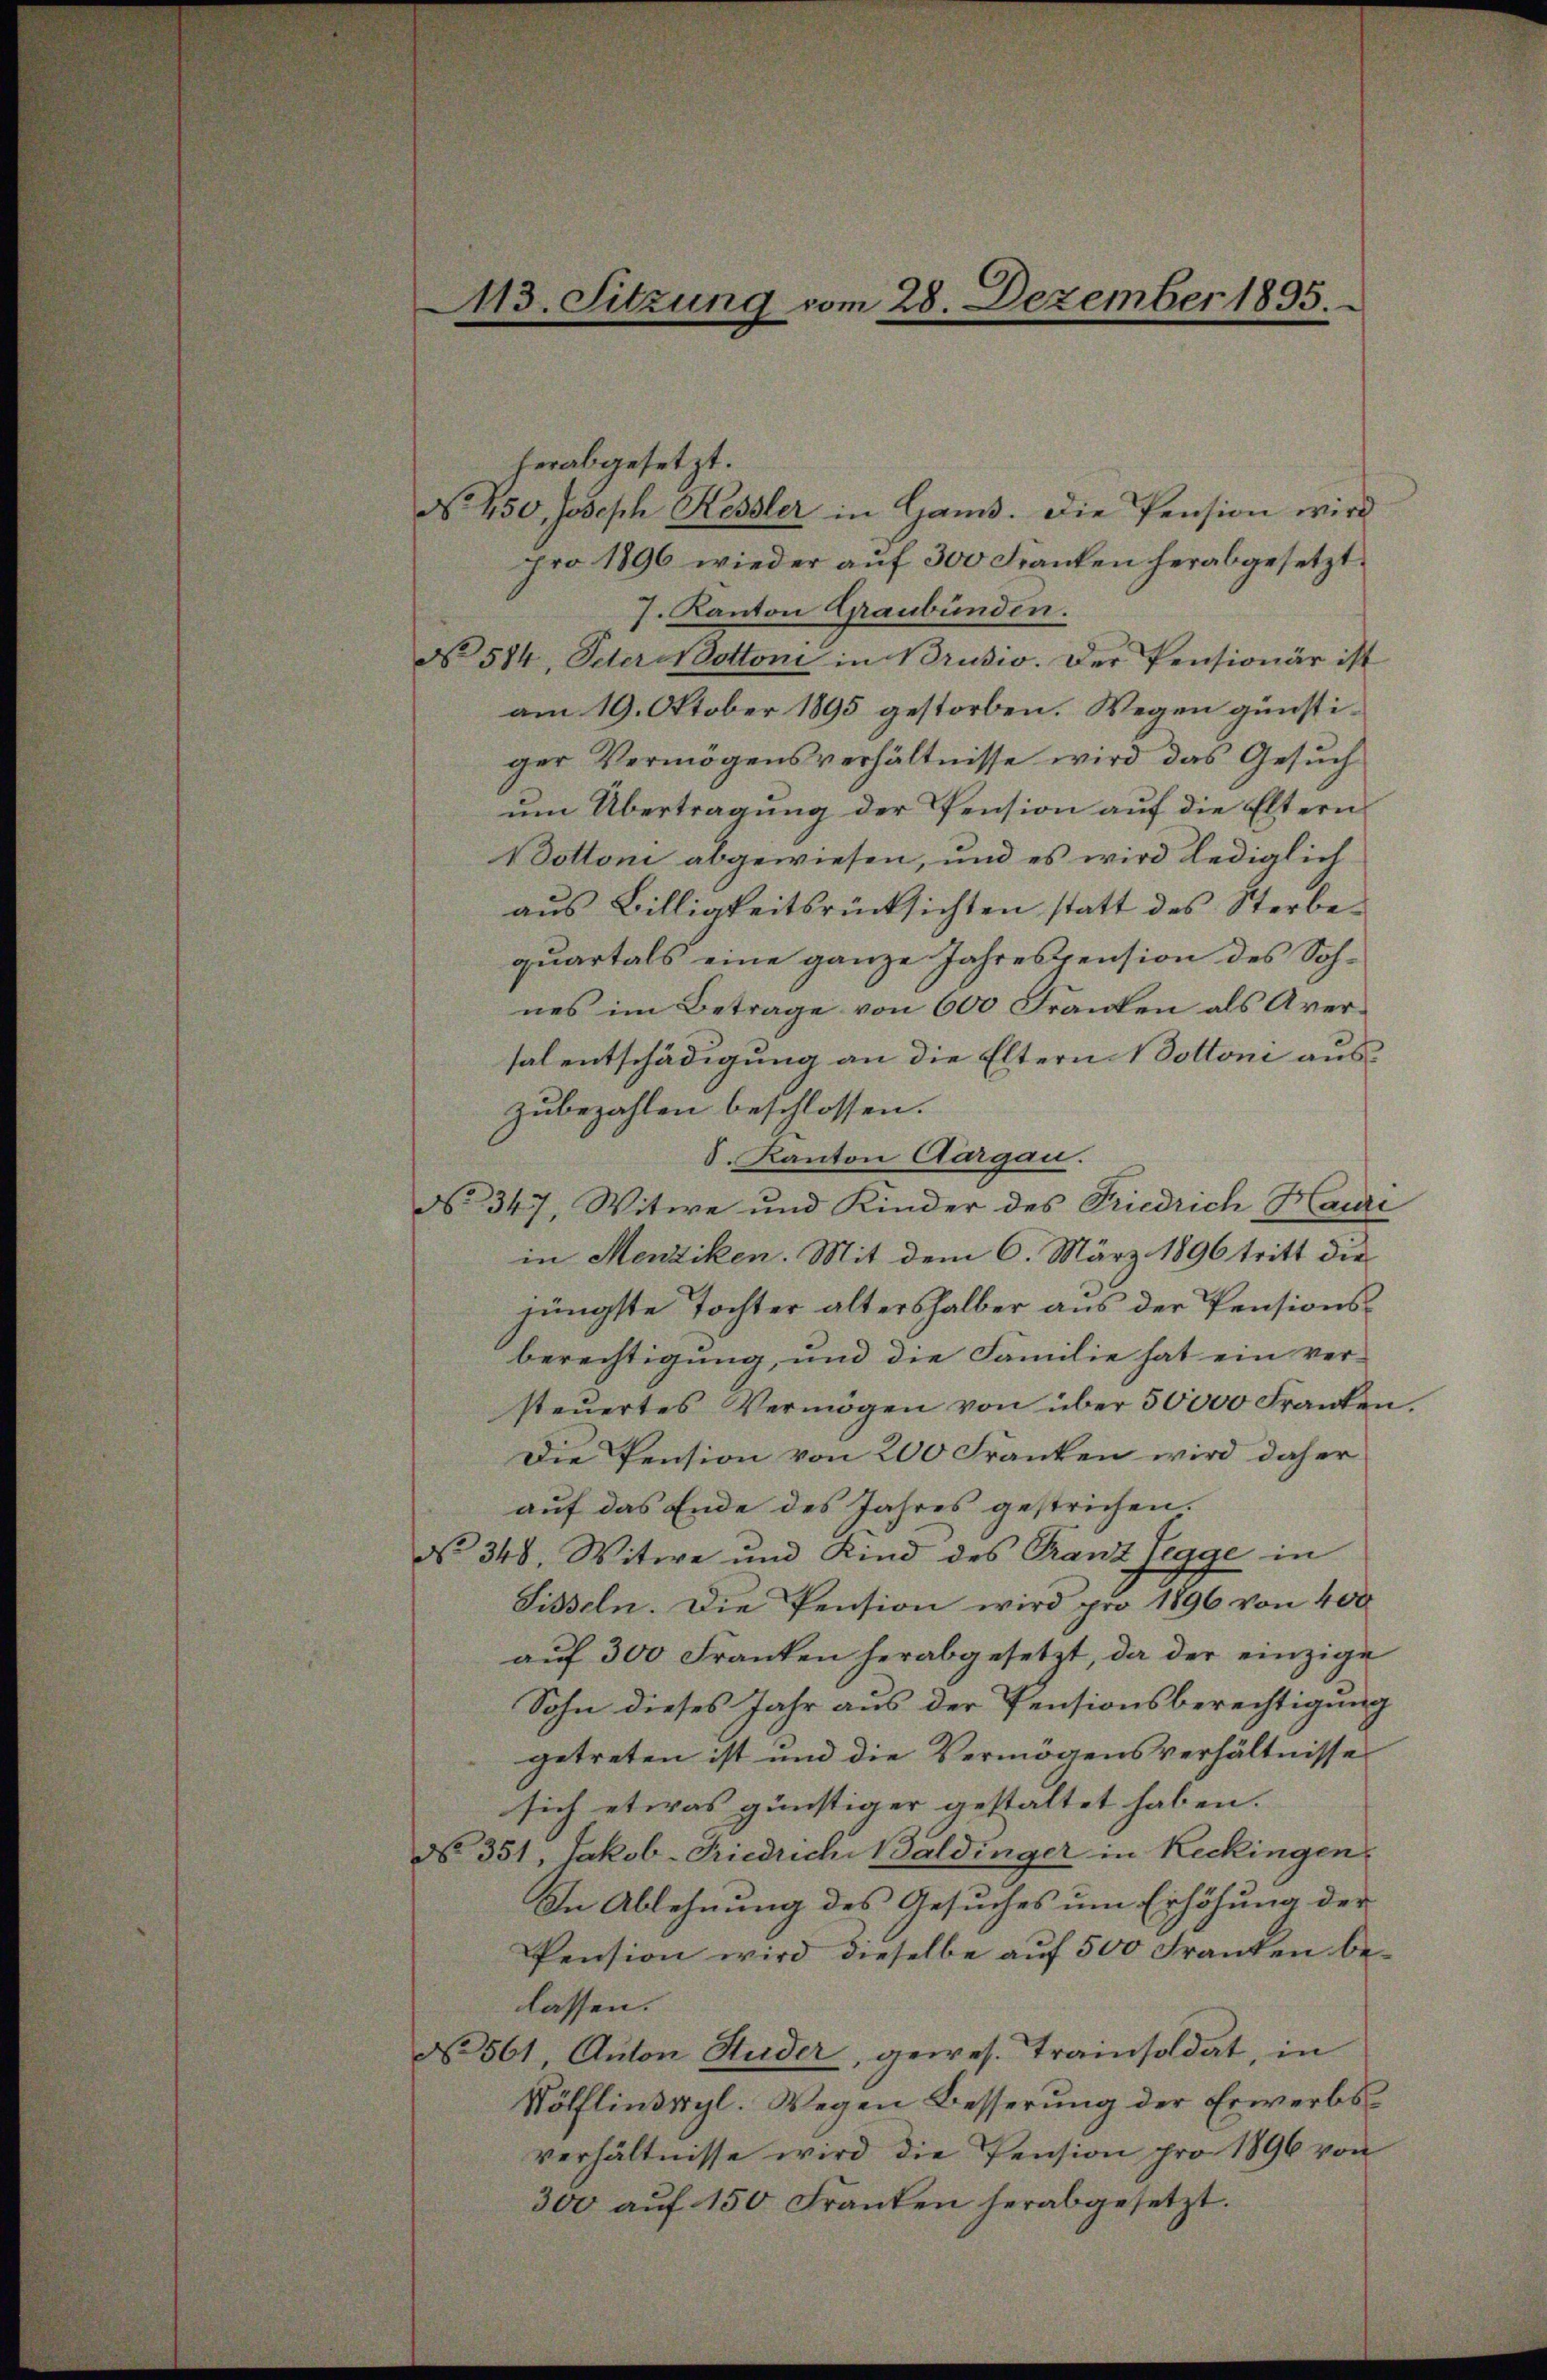
113. Sitzung vom 28. Dezember 1895.

herabgesetzt.
No. 450, Joseph Kessler in Gans. Die Pension wird
pro 1896 wieder aŭf 300 Franken herabgesetzt.
J. Kanton Graubünden.
No 514, Oder Nottoni in Brusio. Der Pensionär ist
am 19. Oktober 1895 gestorben. Wegen günstiger Vermögensverhältnisse wird das Gesuch
um Übertragung der Pension auf die Eltern
dottoni abgewiesen, und es wird lediglich
aus Billigkeitsrücksichten statt des Sterbequartals eine ganze Jahrespension des Sohnes im Betrage von 600 Franken als Aversalentschädigung an die Eltern Nottoni aus
zubezahlen beschlossen.
8. Kanton Aargau.
No 347, Witwe und Kinder des Friedrich Hauri
in Menziken. Mit dem 6. März 1896 tritt die
jüngste Tochter alter halber aus der Pensionsberechtigung, und die Familie hat ein versteŭertes Vermögen von über 50000 Franken.
Die Pension von 200 Franken wird daher
auf das Ende des Jahres gestrichen.
No 348. Witwe und Kind des Franz Segge in
Sisseln. Die Pension wird pro 1896 von 400
aŭf 300 Franken herabgesetzt, da der einzige
Sohn dieses Jahr aus der Pensionsberechtigung
getreten ist und die Vermögensverhältnisse
sich etwas günstiger gestaltet haben.
No. 351, Jakob-Friedriche Baldinger in Reckingen.
In Ablehnung des Gesuches um Erhöhung der
Pension wird dieselbe auf 500 Franken be-
lassen.
No 561, Anton Huder, gewes. Trainsoldat in
Rölflindrgl. Wegen Besserung der Erwerbsverhältnisse wird die Pension pro 1896 von
300 aŭf 150 Franken herabgesetzt.